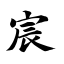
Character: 宸